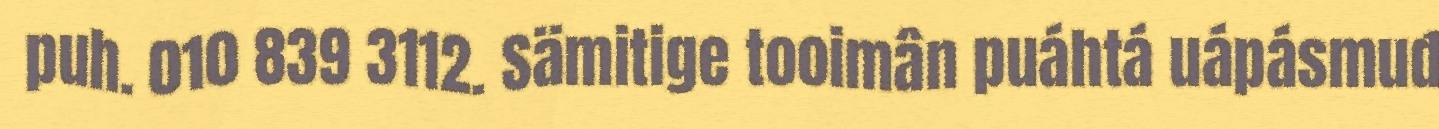
puh. 010 839 3112. Sämitige tooimân puáhtá uápásmuđ